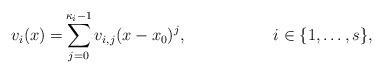
LaTeX: \begin{align*}v_i(x)=&\sum_{j=0}^{\kappa_i-1}v_{i,j}(x-x_0)^j, & i&\in\{1,\dots,s\},\end{align*}